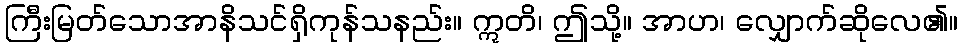
ကြီးမြတ်သောအာနိသင်ရှိကုန်သနည်း။ ဣတိ၊ ဤသို့။ အာဟ၊ လျှောက်ဆိုလေ၏။